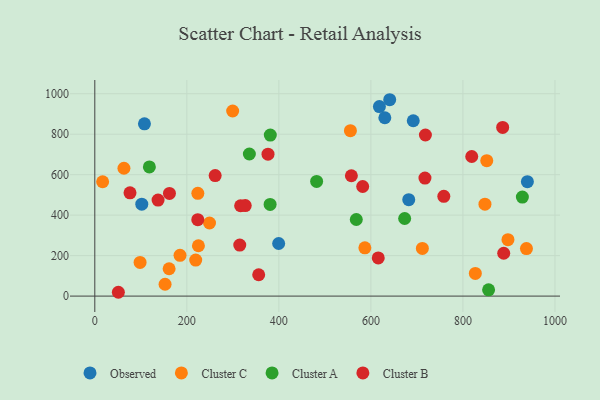
{"axis": {"x": "Ad Spend", "y": "Yield"}, "legend": ["Cluster A", "Cluster B", "Cluster C", "Observed"], "data": [{"x": "640.9", "y": 970.4, "type": "Observed"}, {"x": "630.3", "y": 881.4, "type": "Observed"}, {"x": "107.9", "y": 851.5, "type": "Observed"}, {"x": "102.1", "y": 454.4, "type": "Observed"}, {"x": "399.6", "y": 259.9, "type": "Observed"}, {"x": "692.1", "y": 866.6, "type": "Observed"}, {"x": "618.5", "y": 936.5, "type": "Observed"}, {"x": "940.1", "y": 565.2, "type": "Observed"}, {"x": "682.3", "y": 476.4, "type": "Observed"}, {"x": "827.0", "y": 111.9, "type": "Cluster C"}, {"x": "219.3", "y": 178.1, "type": "Cluster C"}, {"x": "225.2", "y": 248.7, "type": "Cluster C"}, {"x": "161.5", "y": 135.2, "type": "Cluster C"}, {"x": "185.2", "y": 201.5, "type": "Cluster C"}, {"x": "152.7", "y": 58.6, "type": "Cluster C"}, {"x": "63.3", "y": 631.7, "type": "Cluster C"}, {"x": "938.1", "y": 234.7, "type": "Cluster C"}, {"x": "17.0", "y": 565.0, "type": "Cluster C"}, {"x": "847.9", "y": 454.3, "type": "Cluster C"}, {"x": "299.6", "y": 914.6, "type": "Cluster C"}, {"x": "711.9", "y": 235.5, "type": "Cluster C"}, {"x": "586.9", "y": 238.5, "type": "Cluster C"}, {"x": "249.3", "y": 361.3, "type": "Cluster C"}, {"x": "223.9", "y": 507.7, "type": "Cluster C"}, {"x": "897.9", "y": 279.0, "type": "Cluster C"}, {"x": "555.5", "y": 817.3, "type": "Cluster C"}, {"x": "851.8", "y": 669.0, "type": "Cluster C"}, {"x": "98.4", "y": 166.2, "type": "Cluster C"}, {"x": "381.4", "y": 795.8, "type": "Cluster A"}, {"x": "335.9", "y": 702.1, "type": "Cluster A"}, {"x": "568.3", "y": 378.5, "type": "Cluster A"}, {"x": "855.8", "y": 31.2, "type": "Cluster A"}, {"x": "673.4", "y": 383.5, "type": "Cluster A"}, {"x": "118.6", "y": 638.5, "type": "Cluster A"}, {"x": "482.1", "y": 566.7, "type": "Cluster A"}, {"x": "381.0", "y": 452.9, "type": "Cluster A"}, {"x": "929.2", "y": 489.2, "type": "Cluster A"}, {"x": "315.0", "y": 252.2, "type": "Cluster B"}, {"x": "76.5", "y": 510.3, "type": "Cluster B"}, {"x": "223.8", "y": 377.6, "type": "Cluster B"}, {"x": "886.4", "y": 833.4, "type": "Cluster B"}, {"x": "137.5", "y": 474.3, "type": "Cluster B"}, {"x": "758.5", "y": 493.2, "type": "Cluster B"}, {"x": "717.5", "y": 583.3, "type": "Cluster B"}, {"x": "616.0", "y": 188.5, "type": "Cluster B"}, {"x": "582.2", "y": 541.5, "type": "Cluster B"}, {"x": "356.2", "y": 105.4, "type": "Cluster B"}, {"x": "557.6", "y": 594.8, "type": "Cluster B"}, {"x": "819.2", "y": 689.9, "type": "Cluster B"}, {"x": "261.6", "y": 595.4, "type": "Cluster B"}, {"x": "162.2", "y": 507.6, "type": "Cluster B"}, {"x": "316.9", "y": 446.4, "type": "Cluster B"}, {"x": "326.9", "y": 447.4, "type": "Cluster B"}, {"x": "376.4", "y": 701.4, "type": "Cluster B"}, {"x": "718.5", "y": 796.1, "type": "Cluster B"}, {"x": "888.7", "y": 211.7, "type": "Cluster B"}, {"x": "51.2", "y": 18.9, "type": "Cluster B"}]}